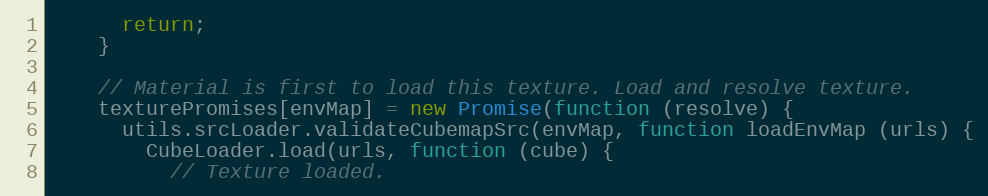
Language: JavaScript
      return;
    }

    // Material is first to load this texture. Load and resolve texture.
    texturePromises[envMap] = new Promise(function (resolve) {
      utils.srcLoader.validateCubemapSrc(envMap, function loadEnvMap (urls) {
        CubeLoader.load(urls, function (cube) {
          // Texture loaded.